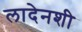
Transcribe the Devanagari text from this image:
लादेनशी